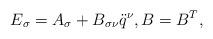
LaTeX: \begin{gather*}E_\sigma = A_\sigma + B_{\sigma \nu} \ddot q^\nu, B = B^T ,\end{gather*}